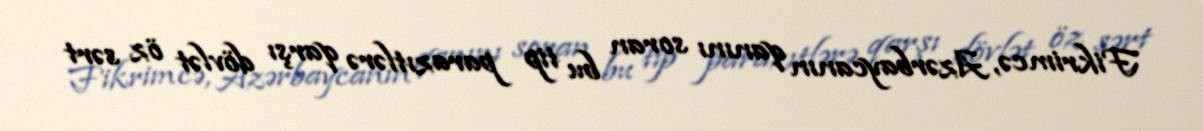
Fikrimcə, Azərbaycanın qanını soran bu tip parazıtlərə qarşı dövlət öz sərt